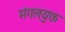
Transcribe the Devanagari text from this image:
मंगलयुक्त